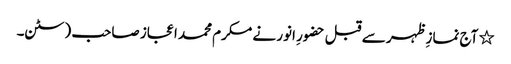
٭ آج نمازِ ظہر سے قبل حضورِ انور نے مکرم محمد اعجاز صاحب (سٹن۔